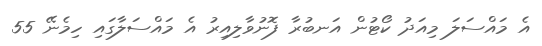
އެ މައްސަލަ މިއަދު ކޯޓުން އަނބުރާ ފޮނުވާލިއިރު އެ މައްސަލާގައި ހިމެނޭ 55